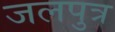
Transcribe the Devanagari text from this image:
जलपुत्र